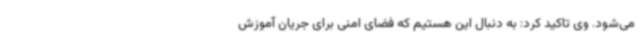
می‌شود. وی تاکید کرد: به دنبال این هستیم که فضای امنی برای جریان آموزش